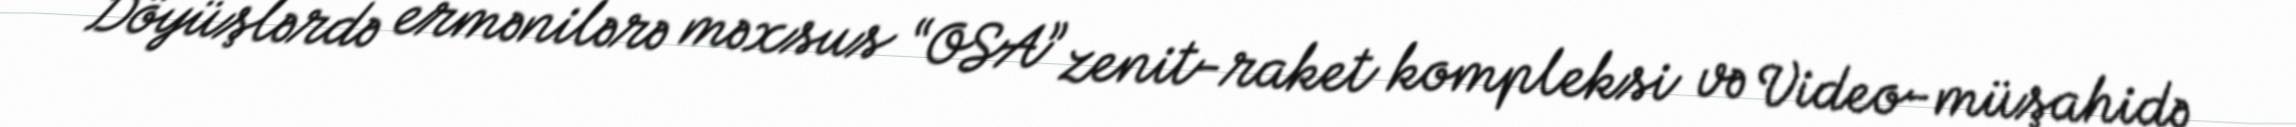
Döyüşlərdə ermənilərə məxsus “OSA” zenit-raket kompleksi və Video-müşahidə